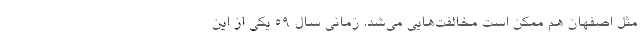
مثل اصفهان هم ممکن است مخالفت‌هایی می‌شد. زمانی سال ۵۹ یکی از این